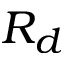
R _ { d }